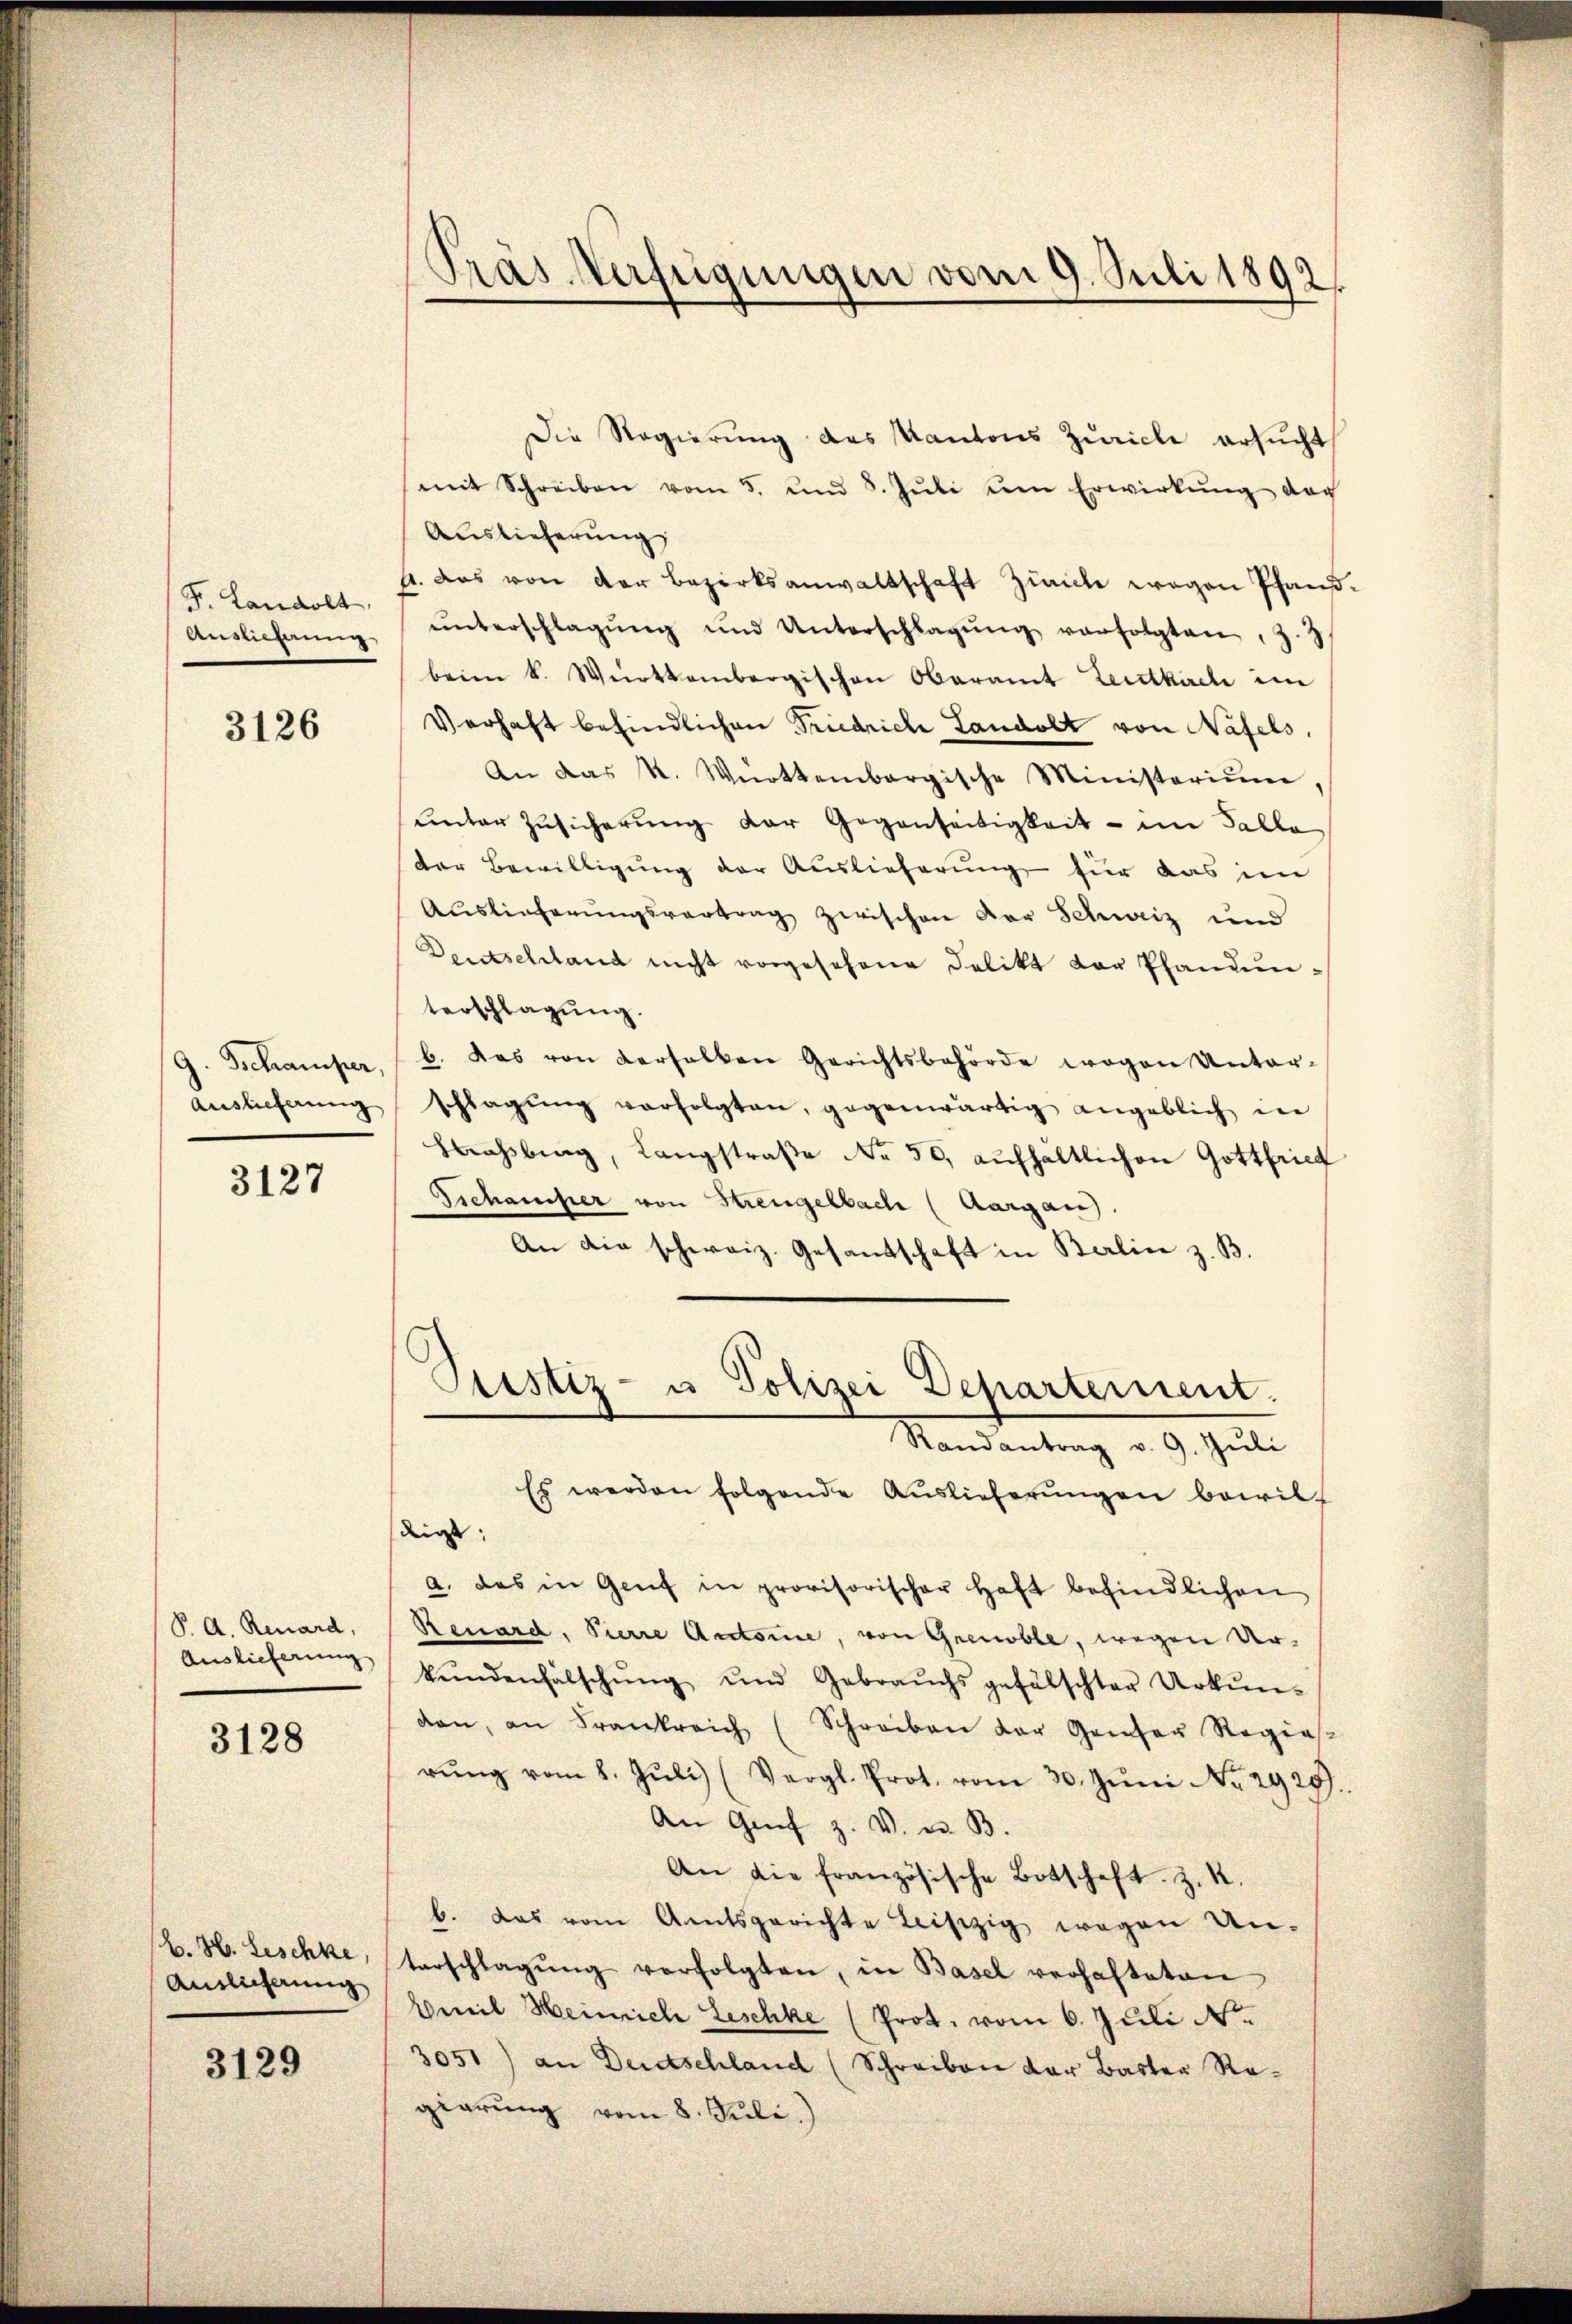
F. Landolt,
Auslieferung

3126

G. Schamper,
Auslieferung

3127

P. A. Renard,
Auslieferung

3128

B. H. Leschke,
Antlicherung

3129

Präs Verfügungen vom 9. Juli 1892

Die Regierung des Kantons Zürich ersucht
(mit Schreiben vom 5. und 8. Jŭli um Erwirkŭng der
Auslieferung
s. das von der Bezirksanwaltschaft Zürich wegen Pfand-
ŭnterschlagŭng und Unterschlagŭng verfolgten, z. 3
beim k. Württembergischen Oberamt Leitkirche im
Verhaft befindlichen Friedriche Landolt von Näfels,
An das K. Württembergische Ministerium,
unter Zusicherung der Gegenseitigkeit - im Falle
der Bewilligung der Auslieferung für das im
Auslieferŭngsvertrag zwischen Dor Schweiz und
Deutschland nicht vorgesehene Delikt der Pfandunterschlagung.
b. Das von verhalten Gerichtsbehörde wogen Unter-
schlagŭng verfolgten, gegenwärtig angeblich in
Frassburg, Langstraße Nr. 50, aufhaltlichen Gottfried
Tschauser von Strengelbach (Aargau,
An die schweiz. Gesandschaft in Berlin z. B.
Justiz- u Polizei Departement.
Randantrag v. 9. Jŭli
Es werden folgende Auslieferŭngen bewildingt:
a. das in Genf in provisorischer Haft befindlichen
Reuard, Pierre Accome, von Grenoble, wegen Urkŭndenfälschŭng und Gebraŭchs gefälschter Urkŭn-
dan, an Frankreich (Schreiben der Geser Regias
rŭng vom 8. Jŭli (Vergl. Prot. vom 30. Jŭni No 2929.
An Genf z. V. u. B.
An die französische Botschaft. Z. R.
b. das vom Amtsgerichte Leiszig wegen Un-
terschlagŭng verfolgten, in Basel verhafteten
Beweil Heinrich Leschke (Prot. vom 6. Juli N
3051) an Deutschland (Schreiben der Baster Rogierung vom 8. Juli.